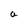
Character: a